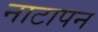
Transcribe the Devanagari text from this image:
नाटापन